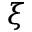
\xi